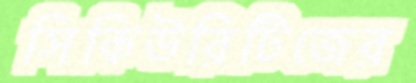
সিকিউরিটিজের